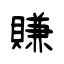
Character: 賺